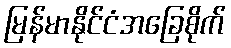
မြန်မာနိုင်ငံအခြေစိုက်